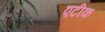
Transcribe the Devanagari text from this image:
एटीक